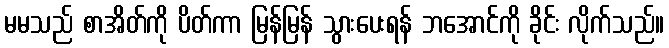
မမသည် စာအိတ်ကို ပိတ်ကာ မြန်မြန် သွားပေးရန် ဘအောင်ကို ခိုင်း လိုက်သည်။